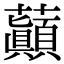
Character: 𧄺